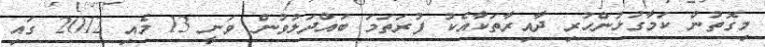
މިގޮތުން ކަމާގުޅުންހުރި ދާއިރާތަކާއެކު ފުރަތަމަ ބައްދަލުވުން ވަނީ 13 މެއި 2012 ގައި